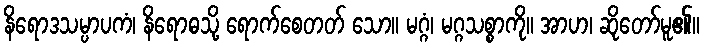
နိရောဒသမ္ပာပကံ၊ နိရောဓသို့ ရောက်စေတတ် သော။ မဂ္ဂံ၊ မဂ္ဂသစ္စာကို။ အာဟ၊ ဆိုတော်မူ၏။